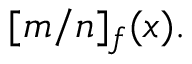
[ m / n ] _ { f } ( x ) .